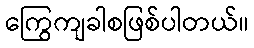
ကြွေကျခါစဖြစ်ပါတယ်။